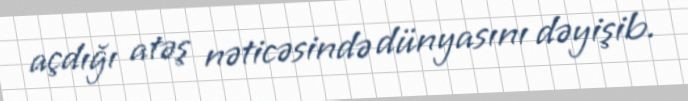
açdığı atəş nəticəsində dünyasını dəyişib.